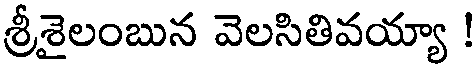
శ్రీశైలంబున వెలసితివయ్యా !